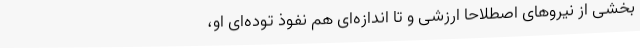
بخشی از نیروهای اصطلاحاً ارزشی و تا اندازه‌ای هم نفوذ توده‌ای او،